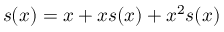
s ( x ) = x + x s ( x ) + x ^ { 2 } s ( x )